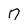
Character: 7